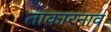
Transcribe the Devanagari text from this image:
ताकारनाव